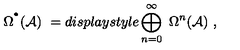
\Omega ^ { ^ { \bullet } } ( { \mathcal A } ) \ = d i s p l a y s t y l e \bigoplus _ { n = 0 } ^ { \infty } \ \Omega ^ { n } ( { \mathcal A } ) \ ,